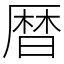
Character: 暦